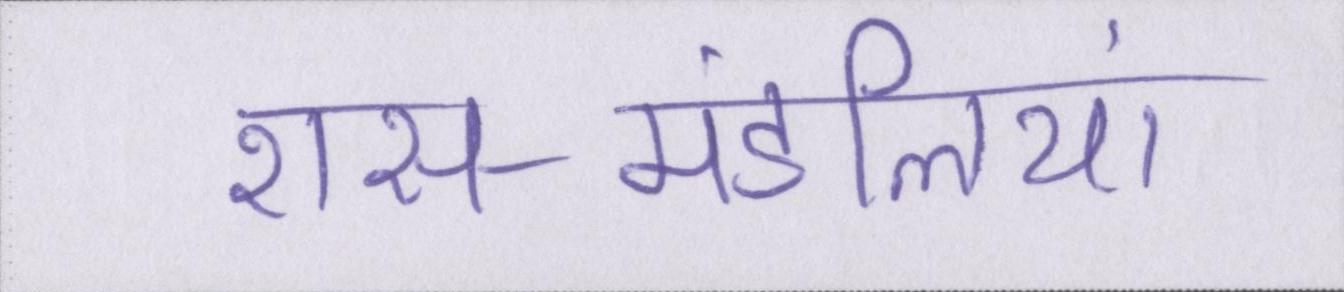
रास-मंडलियां